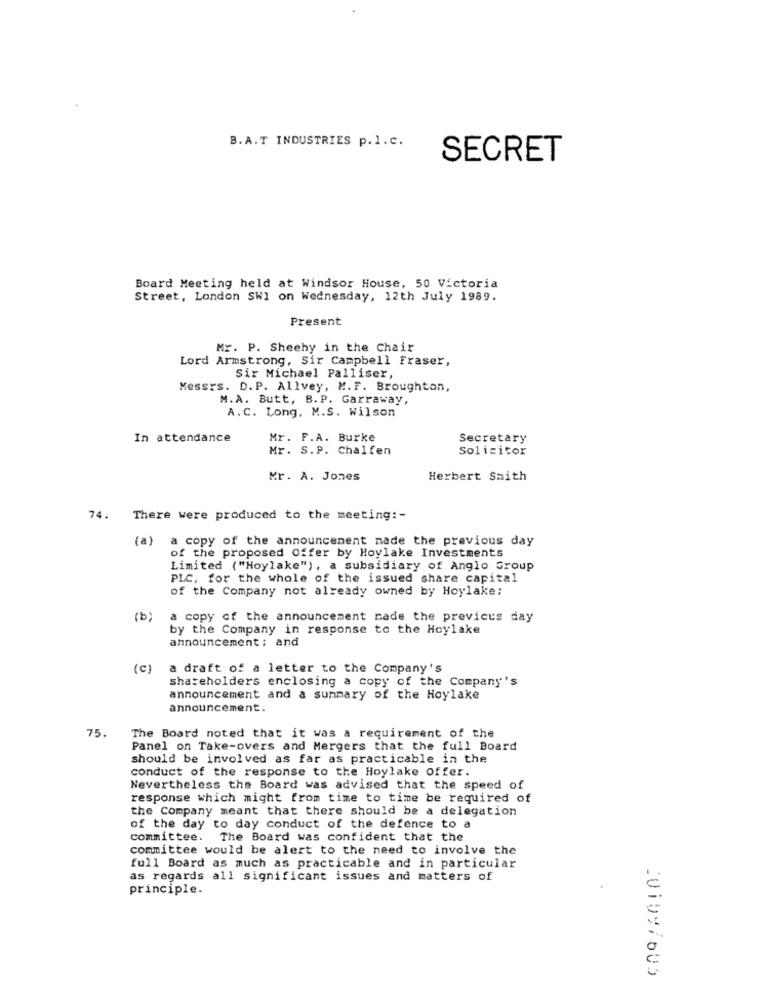
B.A.T INDUSTRIES p.l.c.
SECRET
Board Meeting held at Windsor House, 50 Victoria
Street, London SW1 on Wednesday, 12th July 1989.
Present
Mr. P. Sheehy in the Chair
Lord Armstrong, Sir Campbell Fraser,
Sir Michael Palliser,
Messrs. D.P. Allvey, M.F. Broughton,
M.A. Butt, B. P. Garraway,
A. C. Long, M.S. Wilson
In attendance
Mr. F.A. Burke
Secretary
Mr. S.P. Chalfen
Solicitor
Mr. A. Jones
Herbert Saith
74. There were produced to the meeting :-
(a)
a copy of the announcement made the previous day
of the proposed Offer by Hoylake Investments
Limited ("Hoylake"), a subsidiary of Anglo Group
PLC, for the whole of the issued share capital
of the Company not already owned by Hoylake;
(b)
a copy of the announcement made the previcus day
by the Company in response to the Hoylake
announcement; and
(C)
a draft of a letter to the Company's
shareholders enclosing a copy of the Company's
announcement and a summary of the Hoylake
announcement.
75.
The Board noted that it was a requirement of the
Panel on Take-overs and Mergers that the full Board
should be involved as far as practicable in the
conduct of the response to the Hoylake offer.
Nevertheless the Board was advised that the speed of
response which might from time to time be required of
the Company meant that there should be a delegation
of the day to day conduct of the defence to a
committee. The Board was confident that the
committee would be alert to the need to involve the
full Board as much as practicable and in particular
as regards all significant issues and matters of
principle.
2010y/ou5